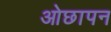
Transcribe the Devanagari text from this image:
ओछापन